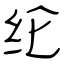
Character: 纶